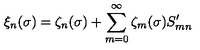
\xi _ { n } ( \sigma ) = \zeta _ { n } ( \sigma ) + \sum _ { m = 0 } ^ { \infty } \zeta _ { m } ( \sigma ) S _ { m n } ^ { \prime }